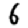
Digit: 6